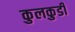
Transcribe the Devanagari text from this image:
कुलकुडी